Annual report of lunatic asylums [Bombay] - 1912-1922
Year: 1912
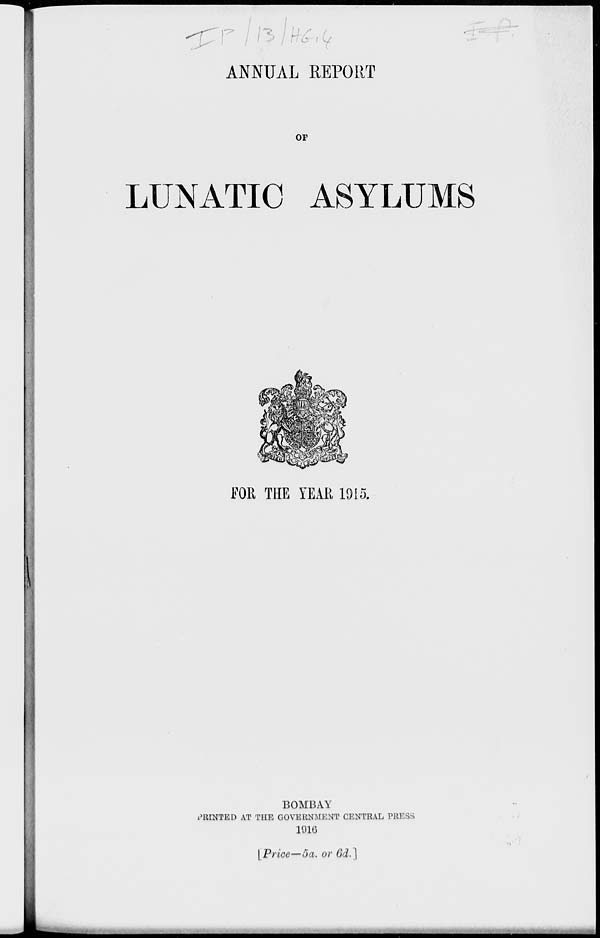
ANNUAL REPORT
OF
LUNATIC ASYLUMS
FOR THE YEAR 1915.
BOMBAY
PRINTED AT THE GOVERNMENT CENTRAL PRESS
1916
[Price—5a. or 6d.]